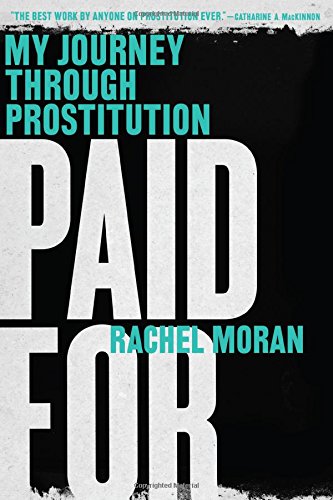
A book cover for Paid For: My Journey Through Prostitution; Rachel Moran; Politics & Social Sciences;